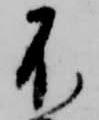
不